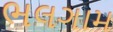
ભલગામ